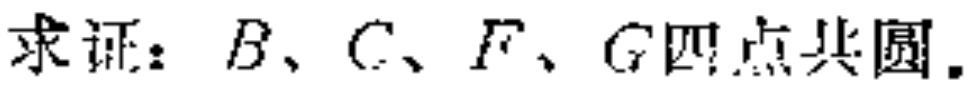
求证：\(B、C、F、G\)四点共圆.